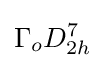
\Gamma _{o}D_{2h}^{7}